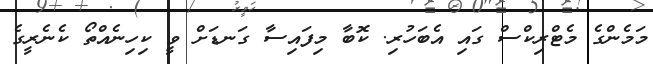
މަމެންގެ މެޓްރިކްސް ގައި އެބަހުރި. ކޮބާ މިފައިސާ ގަނޑަށް ވީ ކިހިނެއްތޯ ކެނެރީގެ